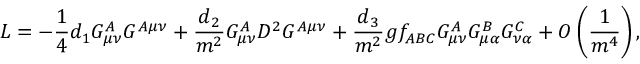
{ \cal L } = - { \frac { 1 } { 4 } } d _ { 1 } G _ { \mu \nu } ^ { A } G ^ { A \mu \nu } + { \frac { d _ { 2 } } { m ^ { 2 } } } G _ { \mu \nu } ^ { A } D ^ { 2 } G ^ { A \mu \nu } + { \frac { d _ { 3 } } { m ^ { 2 } } } g f _ { A B C } G _ { \mu \nu } ^ { A } G _ { \mu \alpha } ^ { B } G _ { \nu \alpha } ^ { C } + { \cal O } \left( { \frac { 1 } { m ^ { 4 } } } \right) ,